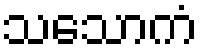
သသောကံ